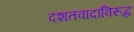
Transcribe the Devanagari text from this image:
दशतवादाविरुद्ध